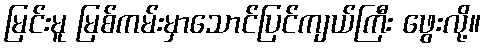
မြင်းမူ မြစ်ကမ်းမှာသောင်ပြင်ကျယ်ကြီး ဖွေးလို့။